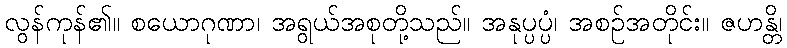
လွန်ကုန်၏။ စယောဂုဏာ၊ အရွယ်အစုတို့သည်။ အနုပ္ပပ္ပံ၊ အစဉ်အတိုင်း။ ဇဟန္တိ၊